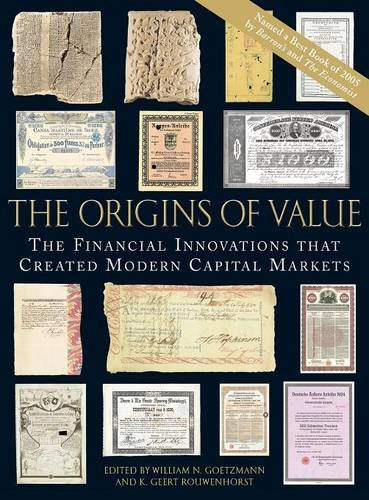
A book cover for The Origins of Value: The Financial Innovations that Created Modern Capital Markets; Business & Money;